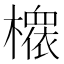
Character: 𱤪